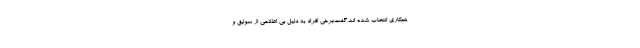
همکاری انتخاب شده اند،گفت:برخی افراد به دلیل بی اطلاعی از سوابق و